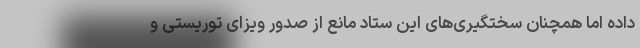
داده اما همچنان سختگیری‌های این ستاد مانع از صدور ویزای توریستی و